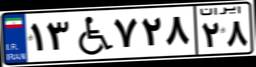
۱۳W۷۲۸۲۸